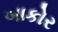
બાકોર